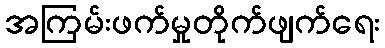
အကြမ်းဖက်မှုတိုက်ဖျက်ရေး